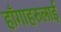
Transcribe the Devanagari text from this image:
हाँगाहरुलाई